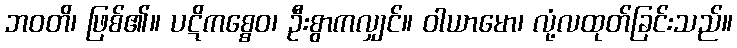
ဘဝတိ၊ ဖြစ်၏။ ပဋိကစ္စေဝ၊ ဦးစွာကလျှင်။ ဝါယာမော၊ လုံ့လထုတ်ခြင်းသည်။